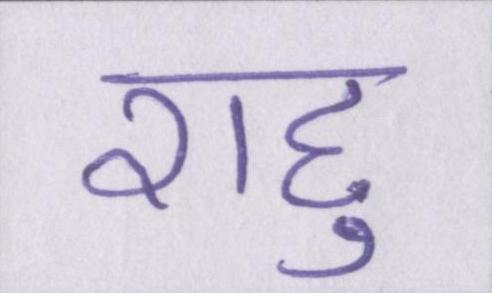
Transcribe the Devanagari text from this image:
राहु